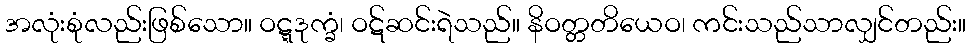
အလုံးစုံလည်းဖြစ်သော။ ဝဋ္ဋဒုက္ခံ၊ ဝဋ်ဆင်းရဲသည်။ နိဝတ္တတိယေဝ၊ ကင်းသည်သာလျှင်တည်း။